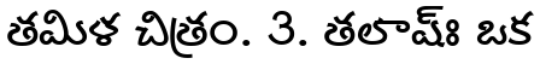
తమిళ చిత్రం. 3. తలాష్ః ఒక